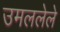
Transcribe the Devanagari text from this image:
उमललेले